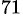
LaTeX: ^{71}